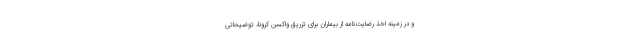
و در زمینه اخذ رضایت‌نامه از بیماران برای تزریق واکسن کرونا، توضیحاتی